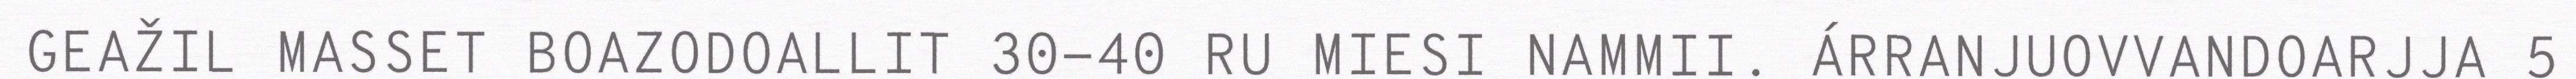
GEAŽIL MASSET BOAZODOALLIT 30-40 RU MIESI NAMMII. ÁRRANJUOVVANDOARJJA 5